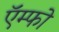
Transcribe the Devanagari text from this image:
ऍम्फो